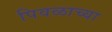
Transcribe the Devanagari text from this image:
पिवळाच्या